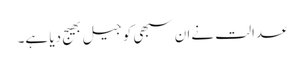
عدالت نےان سبھی کو جیل بھیج دیا ہے۔